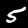
Label: 5